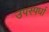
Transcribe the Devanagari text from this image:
उपस्पर्धा